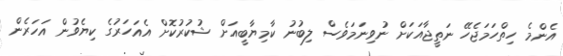
އެންމެ ހިތްހަމަޖެހޭ ނަތީޖާއަކަށް ނުވިނަމަވެސް ލިބުނު ކާމިޔާބީއަށް ޝުކުރުކޮށް އެއަހަރުގެ ކިޔެވުން އަހަރެން